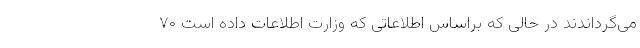
می‌گرداندند در حالی که براساس اطلاعاتی که وزارت اطلاعات داده است ۷۰